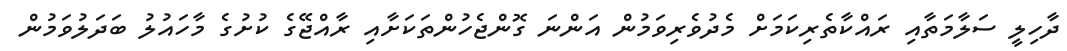
ދާހިލީ ސަލާމަތާއި ރައްކާތެރިކަމަށް މެދުވެރިވަމުން އަންނަ ގޮންޖެހުންތަކަށާއި ރާއްޖޭގެ ކުށުގެ މާހައުލު ބަދަލުވަމުން